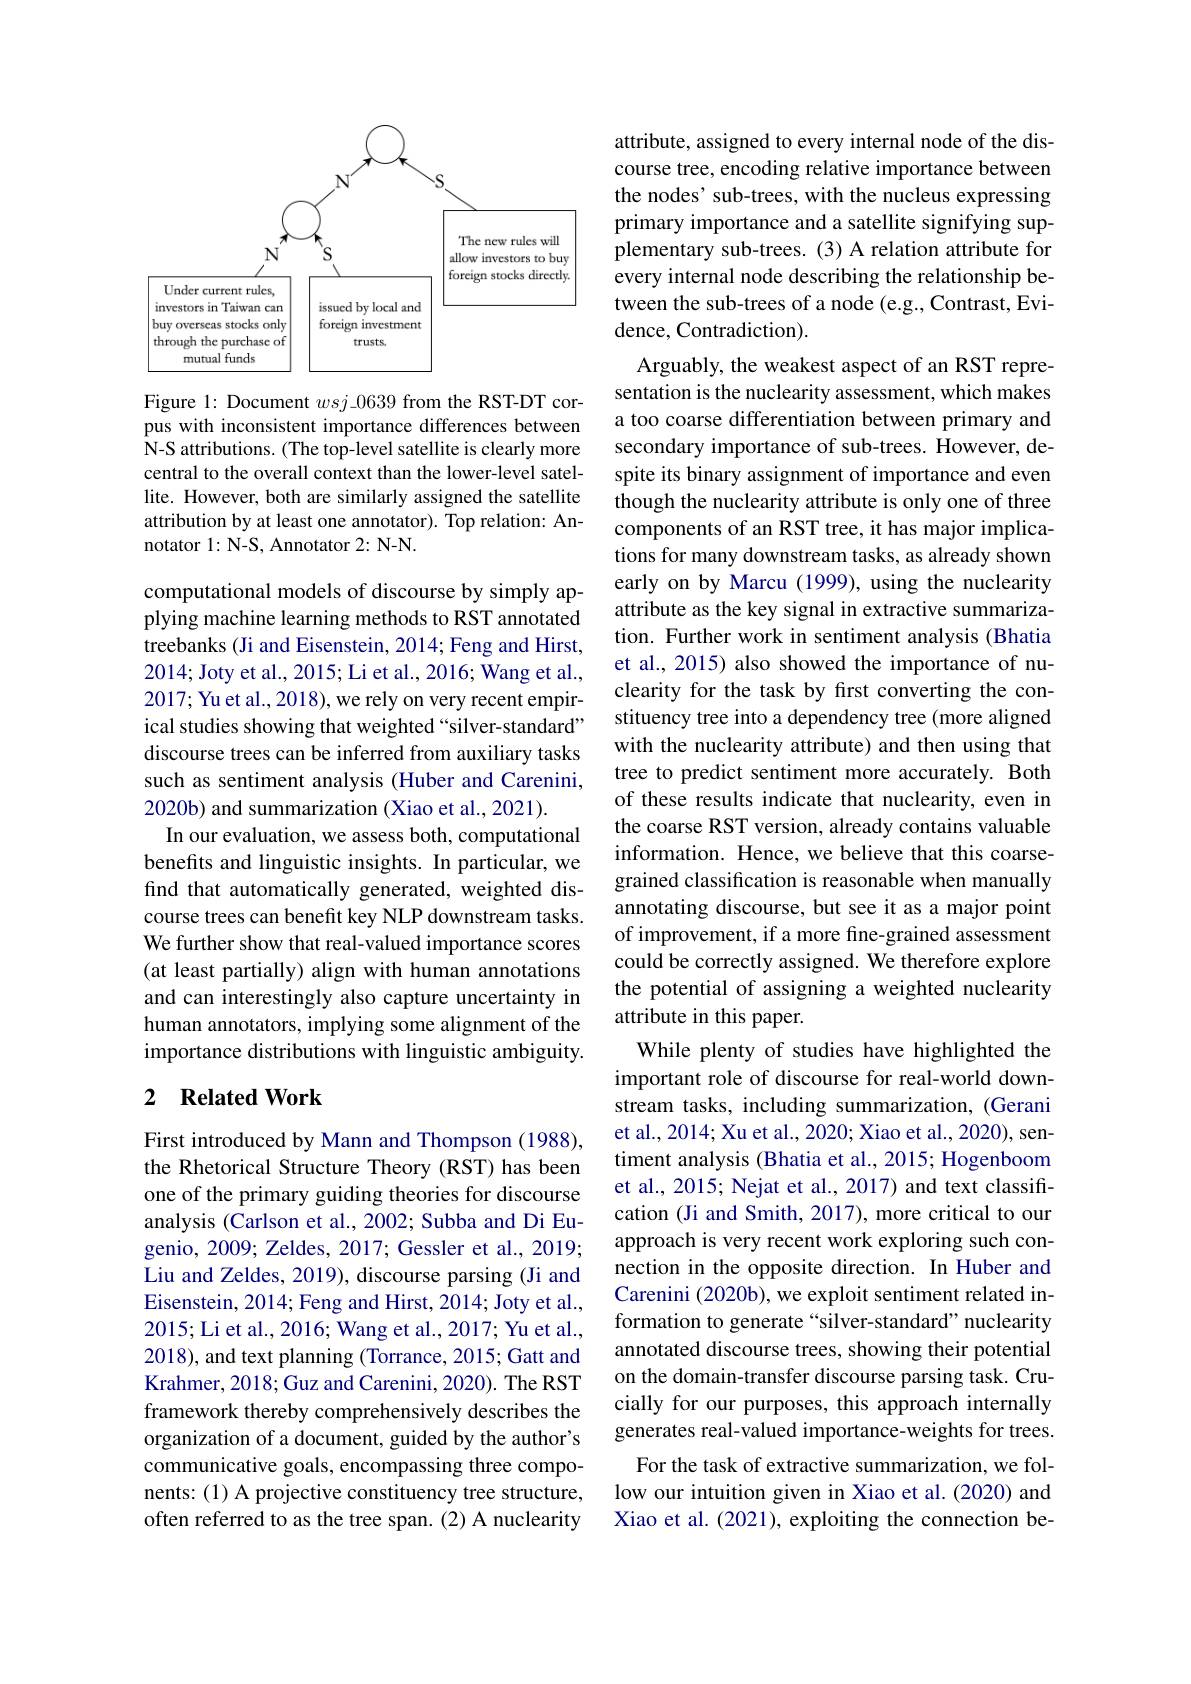
<FigureHere>

Figure 1: Document $wsj\_0639$ from the RST-DT corpus with inconsistent importance differences between $\hat{\text{N-S attributions.(The top-level satellite is clearly more}}$ central to the overall context than the lower-level satellite. However, both are similarly assigned the satellite attribution by at least one annotator). Top relation: Annotator 1: N-S, Annotator 2: N-N.

computational models of discourse by simply applying machine learning methods to RST annotated treebanks (Ji and Eisenstein, 2014; Feng and Hirst, 2014; Joty et al., 2015; Li et al., 2016; Wang et al., 2017; Yu et al., 2018), we rely on very recent empirical studies showing that weighted “silver-standard” discourse trees can be inferred from auxiliary tasks such as sentiment analysis (Huber and Carenini, 2020b) and summarization (Xiao et al., 2021).
In our evaluation, we assess both, computational benefits and linguistic insights. In particular, we find that automatically generated, weighted discourse trees can benefit key NLP downstream tasks. We further show that real-valued importance scores (at least partially) align with human annotations and can interestingly also capture uncertainty in human annotators, implying some alignment of the importance distributions with linguistic ambiguity.

### 2 $\textbf{Related Work}$

First introduced by Mann and Thompson (1988), the Rhetorical Structure Theory (RST) has been one of the primary guiding theories for discourse analysis (Carlson et al., 2002; Subba and Di Eugenio, 2009; Zeldes, 2017; Gessler et al., 2019; Liu and Zeldes, 2019), discourse parsing (Ji and Eisenstein, 2014; Feng and Hirst, 2014; Joty et al., 2015; Li et al., 2016; Wang et al., 2017; Yu et al., 2018), and text planning (Torrance, 2015; Gatt and Krahmer, 2018; Guz and Carenini, 2020). The RST framework thereby comprehensively describes the organization of a document, guided by the author's communicative goals, encompassing three components: (1) A projective constituency tree structure, often referred to as the tree span. (2) A nuclearity

attribute, assigned to every internal node of the discourse tree, encoding relative importance between the nodes' sub-trees, with the nucleus expressing primary importance and a satellite signifying supplementary sub-trees. (3) A relation attribute for every internal node describing the relationship between the sub-trees of a node (e.g., Contrast, Evidence, Contradiction).
Arguably, the weakest aspect of an RST representation is the nuclearity assessment, which makes a too coarse differentiation between primary and secondary importance of sub-trees. However, despite its binary assignment of importance and even though the nuclearity attribute is only one of three components of an RST tree, it has major implications for many downstream tasks, as already shown early on by Marcu (1999), using the nuclearity attribute as the key signal in extractive summarization. Further work in sentiment analysis (Bhatia et al., 2015) also showed the importance of nuclearity for the task by first converting the constituency tree into a dependency tree (more aligned with the nuclearity attribute) and then using that tree to predict sentiment more accurately. Both of these results indicate that nuclearity, even in the coarse RST version, already contains valuable information. Hence, we believe that this coarsegrained classification is reasonable when manually annotating discourse, but see it as a major point of improvement, if a more fine-grained assessment could be correctly assigned. We therefore explore the potential of assigning a weighted nuclearity attribute in this paper.
While plenty of studies have highlighted the important role of discourse for real-world downstream tasks, including summarization, (Gerani et al., 2014; Xu et al., 2020; Xiao et al., 2020), sentiment analysis (Bhatia et al., 2015; Hogenboom et al., 2015; Nejat et al., 2017) and text classification (Ji and Smith, 2017), more critical to our approach is very recent work exploring such connection in the opposite direction. In Huber and Carenini (2020b), we exploit sentiment related information to generate “silver-standard”nuclearity annotated discourse trees, showing their potential on the domain-transfer discourse parsing task. Crucially for our purposes, this approach internally generates real-valued importance-weights for trees.
For the task of extractive summarization, we follow our intuition given in Xiao et al.(2020) and Xiao et al. (2021), exploiting the connection be-